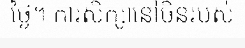
ថ្ងៃ។ ការសិក្សានៅចិនរបស់